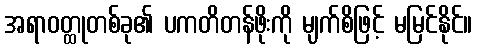
အရာဝတ္ထုတစ်ခု၏ ပကတိတန်ဖိုးကို မျက်စိဖြင့် မမြင်နိုင်။